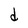
Character: d